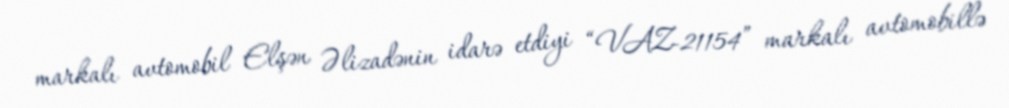
markalı avtomobil Elşən Əlizadənin idarə etdiyi “VAZ-21154” markalı avtomobillə